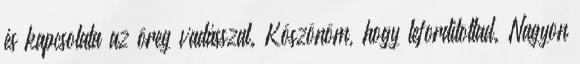
és kapcsolata az öreg vadásszal. Köszönöm, hogy lefordítottad. Nagyon